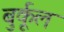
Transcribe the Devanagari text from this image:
बुर्कूल